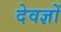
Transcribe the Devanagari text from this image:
देवज्ञों